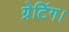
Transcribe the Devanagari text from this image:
ग्रेटिंग।